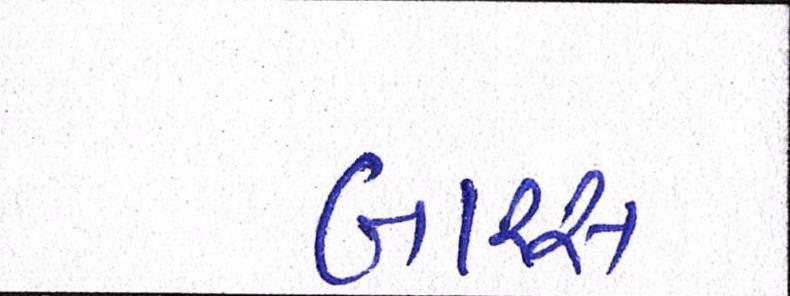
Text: બારસ